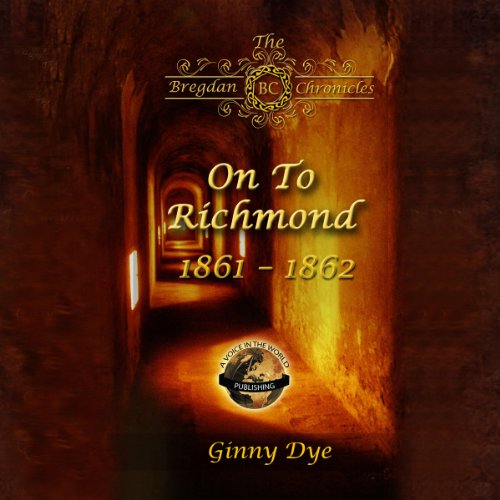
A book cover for On to Richmond: The Bregdan Chronicles, Book 2; Ginny Dye; Literature & Fiction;